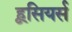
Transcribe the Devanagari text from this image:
हूसियर्स